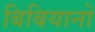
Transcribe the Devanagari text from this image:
बिबियानो